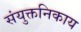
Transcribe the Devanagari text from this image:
संयुक्तनिकाय